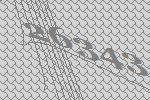
26343